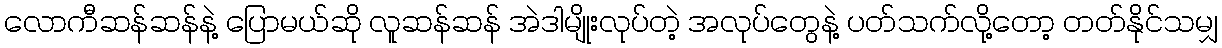
လောကီဆန်ဆန်နဲ့ ပြောမယ်ဆို လူဆန်ဆန် အဲဒါမျိုးလုပ်တဲ့ အလုပ်တွေနဲ့ ပတ်သက်လို့တော့ တတ်နိုင်သမျှ